Annual report of the Camel Specialist
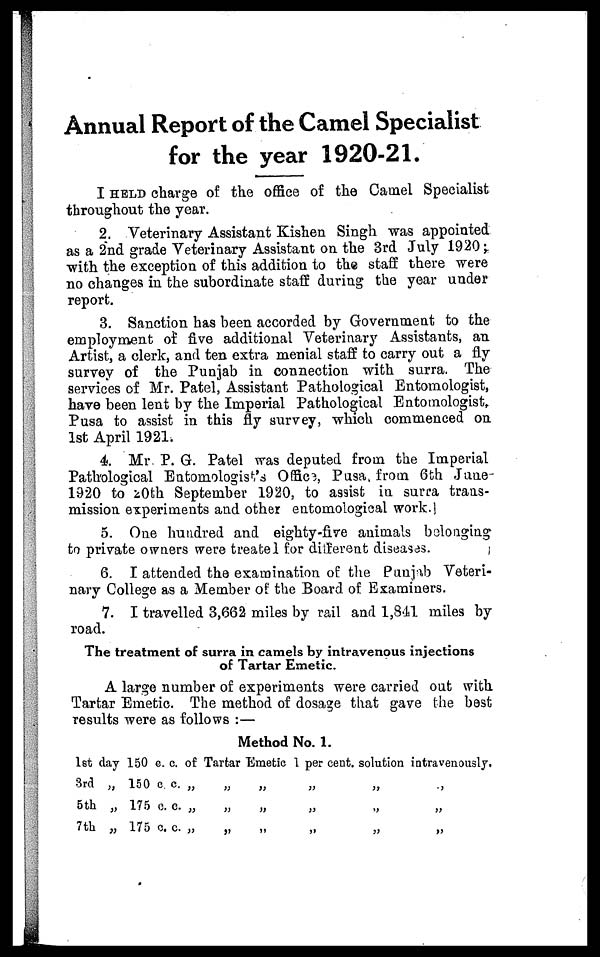
Annual Report of the Camel Specialist
for the year 1920-21.
I HELD charge of the office of the Camel Specialist
throughout the year.
2. Veterinary Assistant Kishen Singh was appointed
as a 2nd grade Veterinary Assistant on the 3rd July 1920;
with the exception of this addition to the staff there were
no changes in the subordinate staff during the year under
report.
3. Sanction has been accorded by Government to the
employment of five additional Veterinary Assistants, an
Artist, a clerk, and ten extra menial staff to carry out a fly
survey of the Punjab in connection with surra. The
services of Mr. Patel, Assistant Pathological Entomologist,
have been lent by the Imperial Pathological Entomologist,
Pusa to assist in this fly survey, which commenced on
1st April 1921.
4. Mr. P. G. Patel was deputed from the Imperial
Pathological Entomologist's Office, Pusa, from 6th June-
1920 to 20th September 1920, to assist in surra trans-
mission experiments and other entomological work.
5. One hundred and eighty-five animals belonging
to private owners were treated for different diseases.
6. I attended the examination of the Punjab Veteri-
nary College as a Member of the Board of Examiners.
7. I travelled 3,662 miles by rail and 1,841 miles by
road.
The treatment of surra in camels by intravenous injections
of Tartar Emetic.
A large number of experiments were carried out with
Tartar Emetic. The method of dosage that gave the best
results were as follows :—
Method No. 1.
1st day 150 c. c. of Tartar Emetic 1 per cent. solution intravenously.
3rd „ 150 c. c. „
5th „ 175 c. c. „
7th „ 175 c. c. „
„
„
„
„
„
„
„
„
„
„
„
„
„
„
„